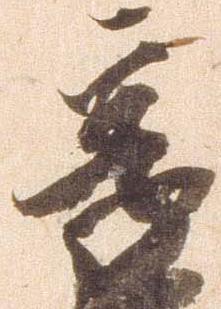
享